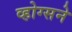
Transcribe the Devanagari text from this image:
व्होग्सने